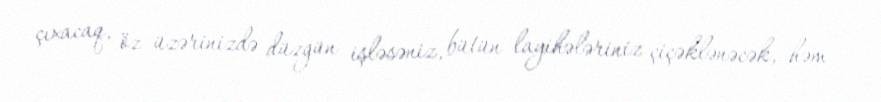
çıxacaq, öz üzərinizdə düzgün işləsəniz, bütün layihələriniz çiçəklənəcək, həm